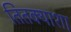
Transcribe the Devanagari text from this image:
तितक्याशा